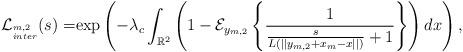
LaTeX: \begin{align*} \mathcal{L}_{^{m,2}_{inter}}(s) =& {\rm exp}\left(-\lambda_{c} \int_{\mathbb{R}^2}\left(1 -\mathcal{E}_{y_{m,2}}\left\{\frac{1}{ \frac{s}{ {L\left(||y_{m,2}+x_m-x||\right)}}+1}\right\} \right) dx \right),\end{align*}